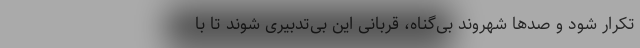
تکرار شود و صدها شهروند بی‌گناه، قربانی این بی‌تدبیری شوند تا با